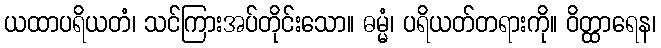
ယထာပရိယတံ၊ သင်ကြားအပ်တိုင်းသော။ ဓမ္မံ၊ ပရိယတ်တရားကို။ ဝိတ္ထာရေန၊